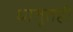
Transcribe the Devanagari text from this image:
धातुतही